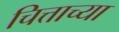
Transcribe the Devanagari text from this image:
चित्ताच्या